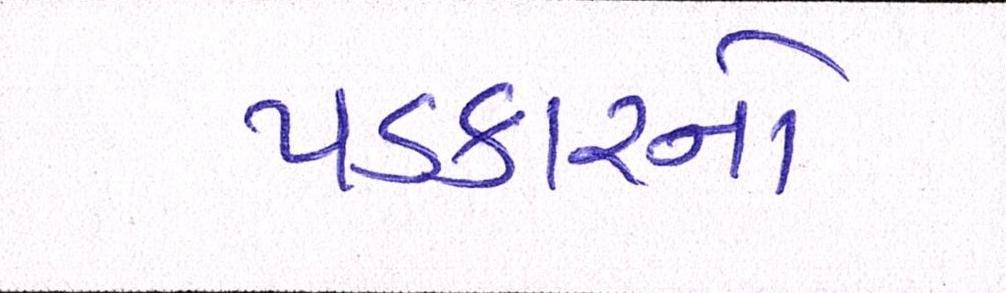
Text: પડકારનો